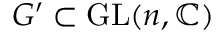
G ^ { \prime } \subset \operatorname { G L } ( n , \mathbb { C } )